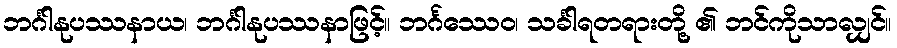
ဘင်္ဂါနုပဿနာယ၊ ဘင်္ဂါနုပဿနာဖြင့်။ ဘင်္ဂဿေဝ၊ သင်္ခါရတရားတို့ ၏ ဘင်ကိုသာလျှင်။